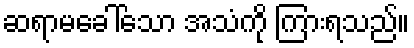
ဆရာမခေါ်သော အသံကို ကြားရသည်။